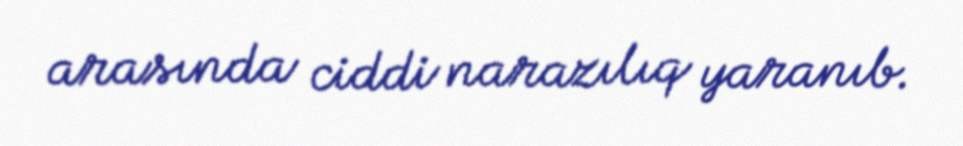
arasında ciddi narazılıq yaranıb.